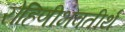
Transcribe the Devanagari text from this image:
रोहिणीभवतीर्थ